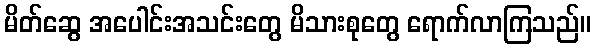
မိတ်ဆွေ အပေါင်းအသင်းတွေ မိသားစုတွေ ရောက်လာကြသည်။